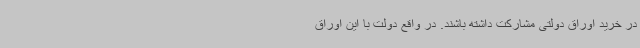
در خرید اوراق دولتی مشارکت داشته باشند. در واقع دولت با این اوراق